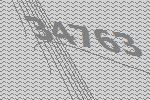
34763